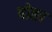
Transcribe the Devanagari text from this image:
पोछा